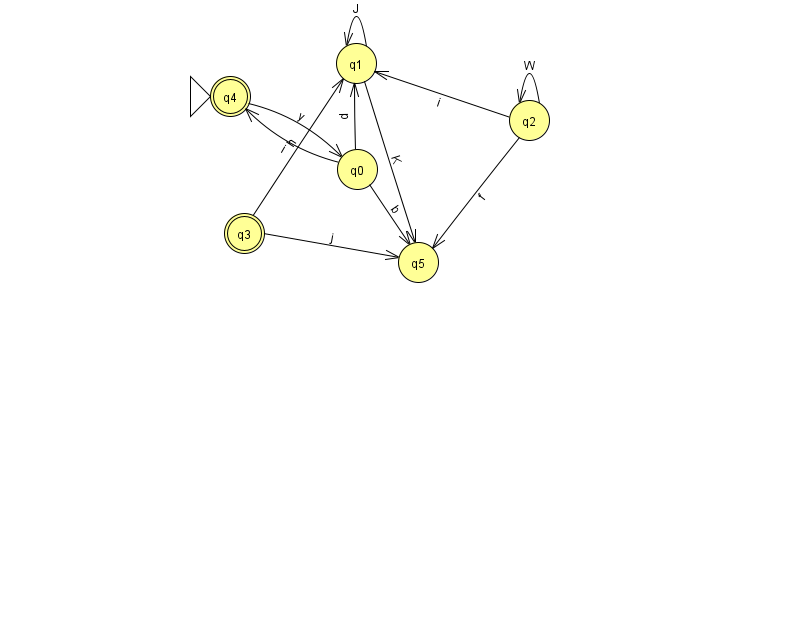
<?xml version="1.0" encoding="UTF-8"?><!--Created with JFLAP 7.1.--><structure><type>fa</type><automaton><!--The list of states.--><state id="0" name="q0"><x>357.0</x><y>156.0</y></state><state id="1" name="q1"><x>356.0</x><y>50.0</y></state><state id="2" name="q2"><x>529.0</x><y>107.0</y></state><state id="3" name="q3"><x>244.0</x><y>220.0</y><final/></state><state id="4" name="q4"><x>230.0</x><y>83.0</y><initial/><final/></state><state id="5" name="q5"><x>418.0</x><y>249.0</y></state><!--The list of transitions.--><transition><from>0</from><to>5</to><read>b</read></transition><transition><from>3</from><to>1</to><read>h</read></transition><transition><from>0</from><to>4</to><read>i</read></transition><transition><from>4</from><to>0</to><read>y</read></transition><transition><from>2</from><to>5</to><read>f</read></transition><transition><from>0</from><to>1</to><read>p</read></transition><transition><from>2</from><to>2</to><read>W</read></transition><transition><from>3</from><to>5</to><read>j</read></transition><transition><from>1</from><to>1</to><read>J</read></transition><transition><from>2</from><to>1</to><read>i</read></transition><transition><from>1</from><to>5</to><read>K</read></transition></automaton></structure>